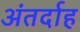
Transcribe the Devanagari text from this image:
अंतर्दाह